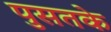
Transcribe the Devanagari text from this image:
पुसतके